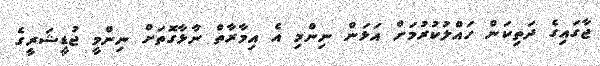
ޖާގައިގެ ދަތިކަން ހައްލުކުރުމަށް އަޅަން ނިންމި އެ އިމާރާތް ނާޅާގޮތަށް ނިންމީ ޖުޑީޝަރީގެ